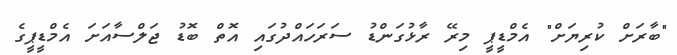
"ބާރަށް ކުރިޔަށް" އެމްޑީޕީ މިރޭ ރާޅުގަންޑު ސަރަހައްދުގައި އޮތް ބޮޑު ޖަލްސާއަށަ އެމްޑީޕީގެ